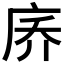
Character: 𪪑